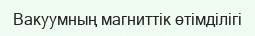
Вакуумның магниттік өтімділігі